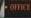
office